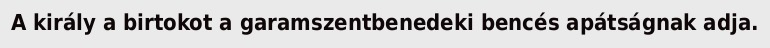
A király a birtokot a garamszentbenedeki bencés apátságnak adja.